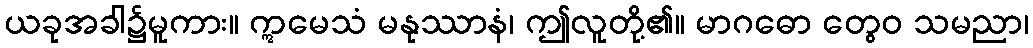
ယခုအခါ၌မူကား။ ဣမေသံ မနုဿာနံ၊ ဤလူတို့၏။ မာဂဓော တွေဝ သမညာ၊